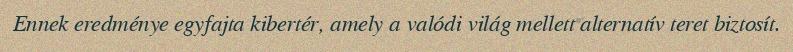
Ennek eredménye egyfajta kibertér, amely a valódi világ mellett alternatív teret biztosít.